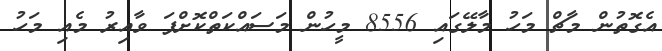
އެގޮތުން މާޗް މަހު މާލޭގައި 8556 މީހުން މަސައްކަތްކޮށްފަ ވާއިރު މެއި މަހު